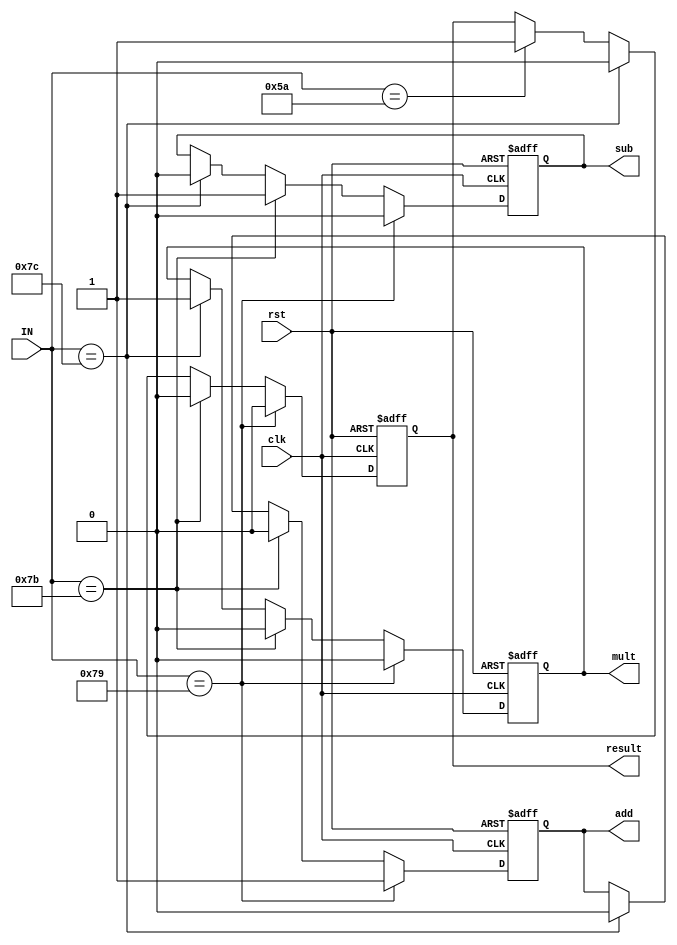
`timescale 1ns / 1ps
module detect_calculate(
    input [7:0]IN,
    input rst,
    input clk,
    output reg add,
    output reg sub,
    output reg mult,
    output reg result
    );
    always@(posedge clk or  posedge rst)
    begin
        if(rst)
        begin
            add <= 0;
            sub <= 0;
            mult <= 0;
            result <= 0;
        end
        else if(IN == 8'h79)
        begin
            add <= 1;
            sub <= 0;
            mult <= 0;
            result <= 0;
        end
        else if(IN == 8'h7B)
        begin
            add <= 0;
            sub <= 1;
            mult <= 0;
            result <= 0;
        end
        else if(IN == 8'h7C)
        begin
            add <= 0;
            sub <= 0;
            mult <= 1;
            result <= 0;
        end
        else if(IN == 8'h5A)
        begin
            add <= add;
            sub <= sub;
            mult <= mult;
            result <= 1;
        end
        else
        begin
            add <= add;
            sub <= sub;
            mult <= mult;
            result <= result;
        end    
    end
endmodule